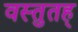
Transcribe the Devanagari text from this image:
वस्तुतह्